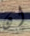
ان